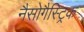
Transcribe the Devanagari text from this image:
नैसोगैस्ट्रिक